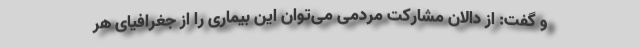
و گفت: از دالان مشارکت مردمی می‌توان این بیماری را از جغرافیای هر